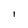
Character: I